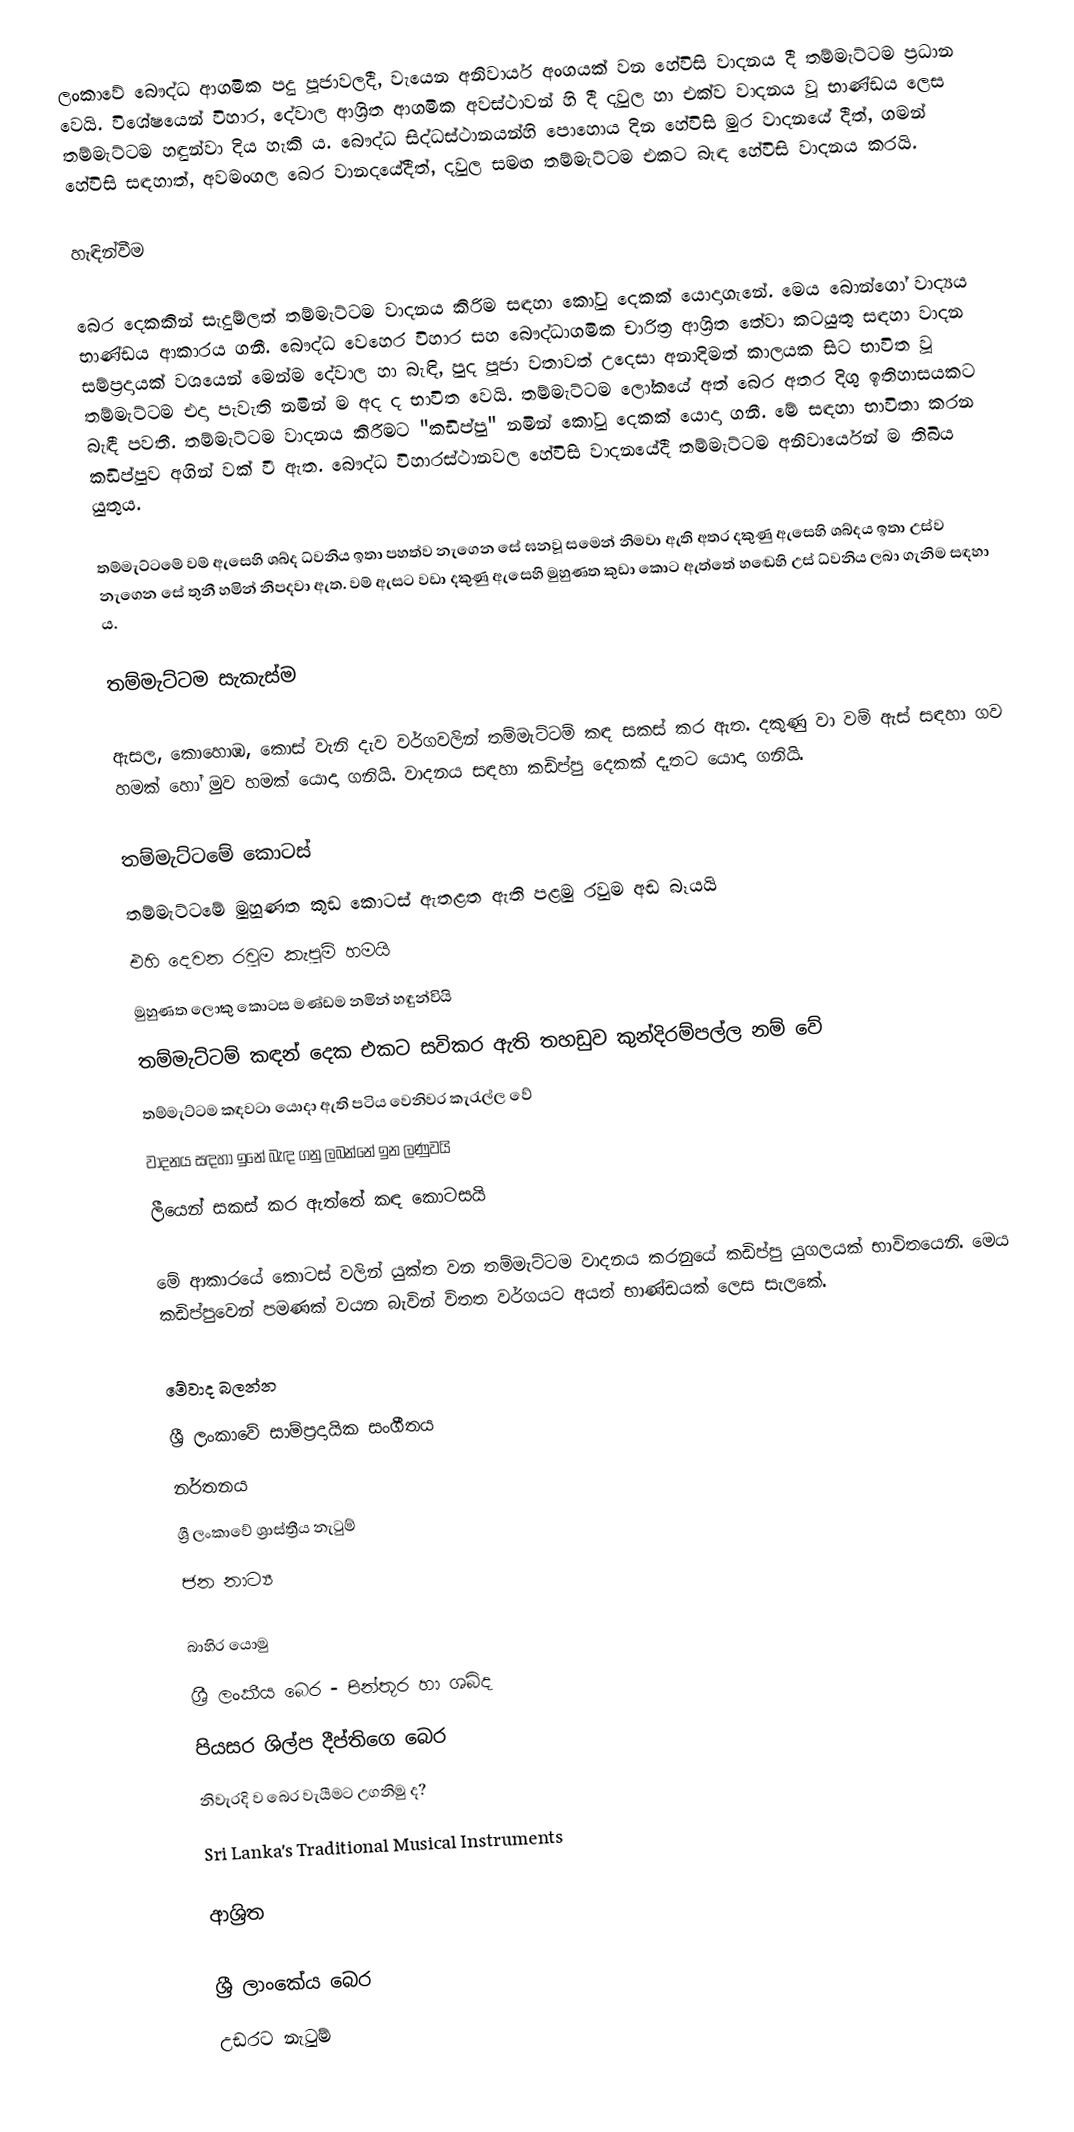
ලංකාවේ බෞද්ධ ආගමික පදු පූජාවලදී, වැයෙන අනිවාර්ය අංගයක් වන හේවිසි වාදනය දී තම්මැට්ටම ප්‍රධාන වෙයි. විශේෂයෙන් විහාර,  දේවාල ආශ්‍රිත ආගමික අවස්ථාවන් හි දී දවුල හා එක්ව වාදනය වූ භාණ්ඩය ලෙස තම්මැට්ටම හඳුන්වා දිය හැකි ය. බෞද්ධ සිද්ධස්ථානයන්හි පොහොය දින හේවිසි මුර වාදනයේ දීත්, ගමන් හේවිසි සඳහාත්, අවමංගල බෙර වානදයේදීත්, දවුල සමඟ තම්මැට්ටම එකට බැඳ හේවිසි වාදනය කරයි.

හැඳින්වීම

බෙර දෙකකින් සැදුම්ලත් තම්මැට්ටම වාදනය කිරිම සඳහා කෝටු දෙකක් යොදාගැනේ. මෙය බොන්ගෝ වාද්‍යය භාණ්ඩය ආකාරය ගනී. බෞද්ධ වෙහෙර විහාර සහ බෞද්ධාගමික චාරිත්‍ර ආශ්‍රිත තේවා කටයුතු සඳහා වාදන සම්ප්‍රදායක් වශයෙන් මෙන්ම දේවාල හා බැඳි, පුද පූජා වතාවත් උදෙසා අනාදිමත් කාලයක සිට භාවිත වූ තම්මැට්ටම එදා පැවැති නමින් ම අද ද භාවිත වෙයි. තම්මැට්‌ටම ලෝකයේ අත් බෙර අතර දිගු ඉතිහාසයකට බැඳී පවතී. තම්මැට්‌ටම වාදනය කිරීමට "කඩිප්පු" නමින් කෝටු දෙකක්‌ යොදා ගනී. මේ සඳහා භාවිතා කරන කඩිප්පුව අගින් වක්‌ වී ඇත. බෞද්ධ විහාරස්‌ථානවල හේවිසි වාදනයේදී තම්මැට්‌ටම අනිවාර්යෙන් ම තිබිය යුතුය.

‍තම්මැට්ටමේ වම් ඇසෙහි ශබ්ද ධ්වනිය ඉතා පහත්ව නැගෙන සේ ඝනවූ සමෙන් නිමවා ඇති අතර දකුණු ඇසෙහි ශබ්දය ඉතා උස්ව නැගෙන සේ තුනී හමින් නිපදවා ඇත. වම් ඇසට වඩා දකුණු ඇසෙහි මුහුණත කුඩා කොට ඇත්තේ හඬෙහි උස් ධ්වනිය ලබා ගැනිම සඳහා ය.

තම්මැට්‌ටම සැකැස්ම

ඇසල, කොහොඹ, කොස් වැනි දැව වර්ගවලින් තම්මැට්ටම් කඳ සකස් කර ඇත. දකුණු වා වම් ඇස් සඳහා ගව හමක් හෝ මුව හමක් යොදා ගනියි. වාදනය සඳහා කඩිප්පු දෙකක් දෑතට යොදා ගනියි.

තම්මැට්ටමේ කොටස්
තම්මැට්ටමේ මුහුණත කුඩ කොටස් ඇතළත ඇති පළමු රවුම අඬ බෑයයි
එහි දෙවන රවුම කැපුම් හමයි
මුහුණත ලොකු කොටස මණ්ඩම නමින් හඳුන්වියි
තම්මැට්ටම් කඳන් දෙක එකට සවිකර ඇති තහඩුව කුන්දිරම්පල්ල නම් වේ
තම්මැට්ටම කඳවටා යොදා ඇති පටිය වෙනිවර කැරැල්ල වේ
වාදනය සඳහා ඉනේ බැඳ ගනු ලබන්නේ ඉන ලණුවයි
ලීයෙන් සකස් කර ඇත්තේ කඳ කොටසයි

මේ ආකාරයේ කොටස් වලින් යුක්ත වන තම්මැට්ටම වාදනය කරනුයේ කඩිප්පු යුගලයක් භාවිතයෙනි. මෙය කඩිප්පුවෙන් පමණක් වයන බැවින් විතත වර්ගයට අයත් භාණ්ඩයක් ලෙස සැලකේ.

මේවාද බලන්න
ශ්‍රී ලංකාවේ සාම්ප්‍රදායික සංගීතය
නර්තනය
ශ්‍රී ලංකාවේ ශ්‍රාස්ත්‍රීය නැටුම්
ජන නාට්‍ය

බාහිර යොමු
 ශ්‍රී ලංකීය බෙර - පින්තූර හා ශබ්ද
 පියසර ශිල්ප දීප්තිගෙ බෙර
නිවැරදි ව බෙර වැයීමට උගනිමු ද?
Sri Lanka's Traditional Musical Instruments

ආශ්‍රිත

 ශ්‍රී ලාංකේය බෙර
උඩරට නැටුම්